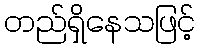
တည်ရှိနေသဖြင့်